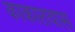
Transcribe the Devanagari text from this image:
काकारावास